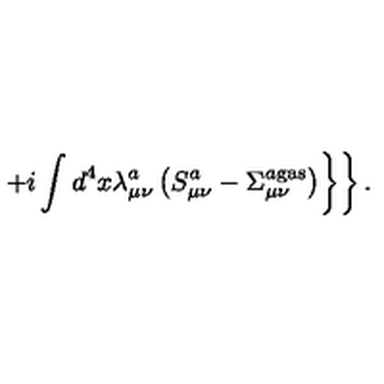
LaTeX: \left. \left. + i \int d ^ { 4 } x \lambda _ { \mu \nu } ^ { a } \left( S _ { \mu \nu } ^ { a } - \Sigma _ { \mu \nu } ^ { a { } \mathrm { g a s } } \right) \right\} \right\} .